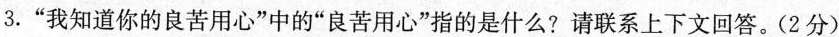
3.”我知道你的良苦用心”中的”良苦用心”指的是什么?请联系上下文回答。(2分)